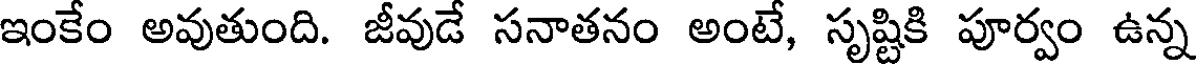
ఇంకేం అవుతుంది. జీవుడే సనాతనం అంటే, సృష్టికి పూర్వం ఉన్న